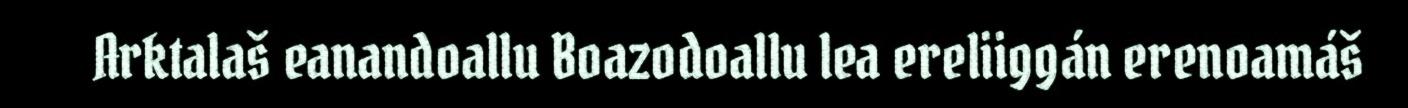
Arktalaš eanandoallu Boazodoallu lea ereliiggán erenoamáš